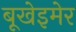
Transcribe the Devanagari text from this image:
बूखेइमेर